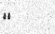
٢٥